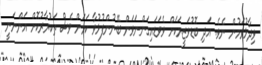
ވިދާޅުވަމުން ނެވެ. އަދި ބޮޑުވަޒީރަކަށް ވެވަޑައިގަންނަވަން ބޭނުންފުޅުވާ ކަމަށް ވެސް ތަކުރާރުކޮށް އަންނަނީ